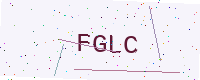
Text: FGLC